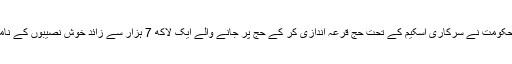
یاد رہے مارچ میں حکومت نے سرکاری اسکیم کے تحت حج قرعہ اندازی کر کے حج پر جانے والے ایک لاکھ 7 ہزار سے زائد خوش نصیبوں کے ناموں کا اعلان کیا تھا۔